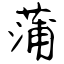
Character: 蒲